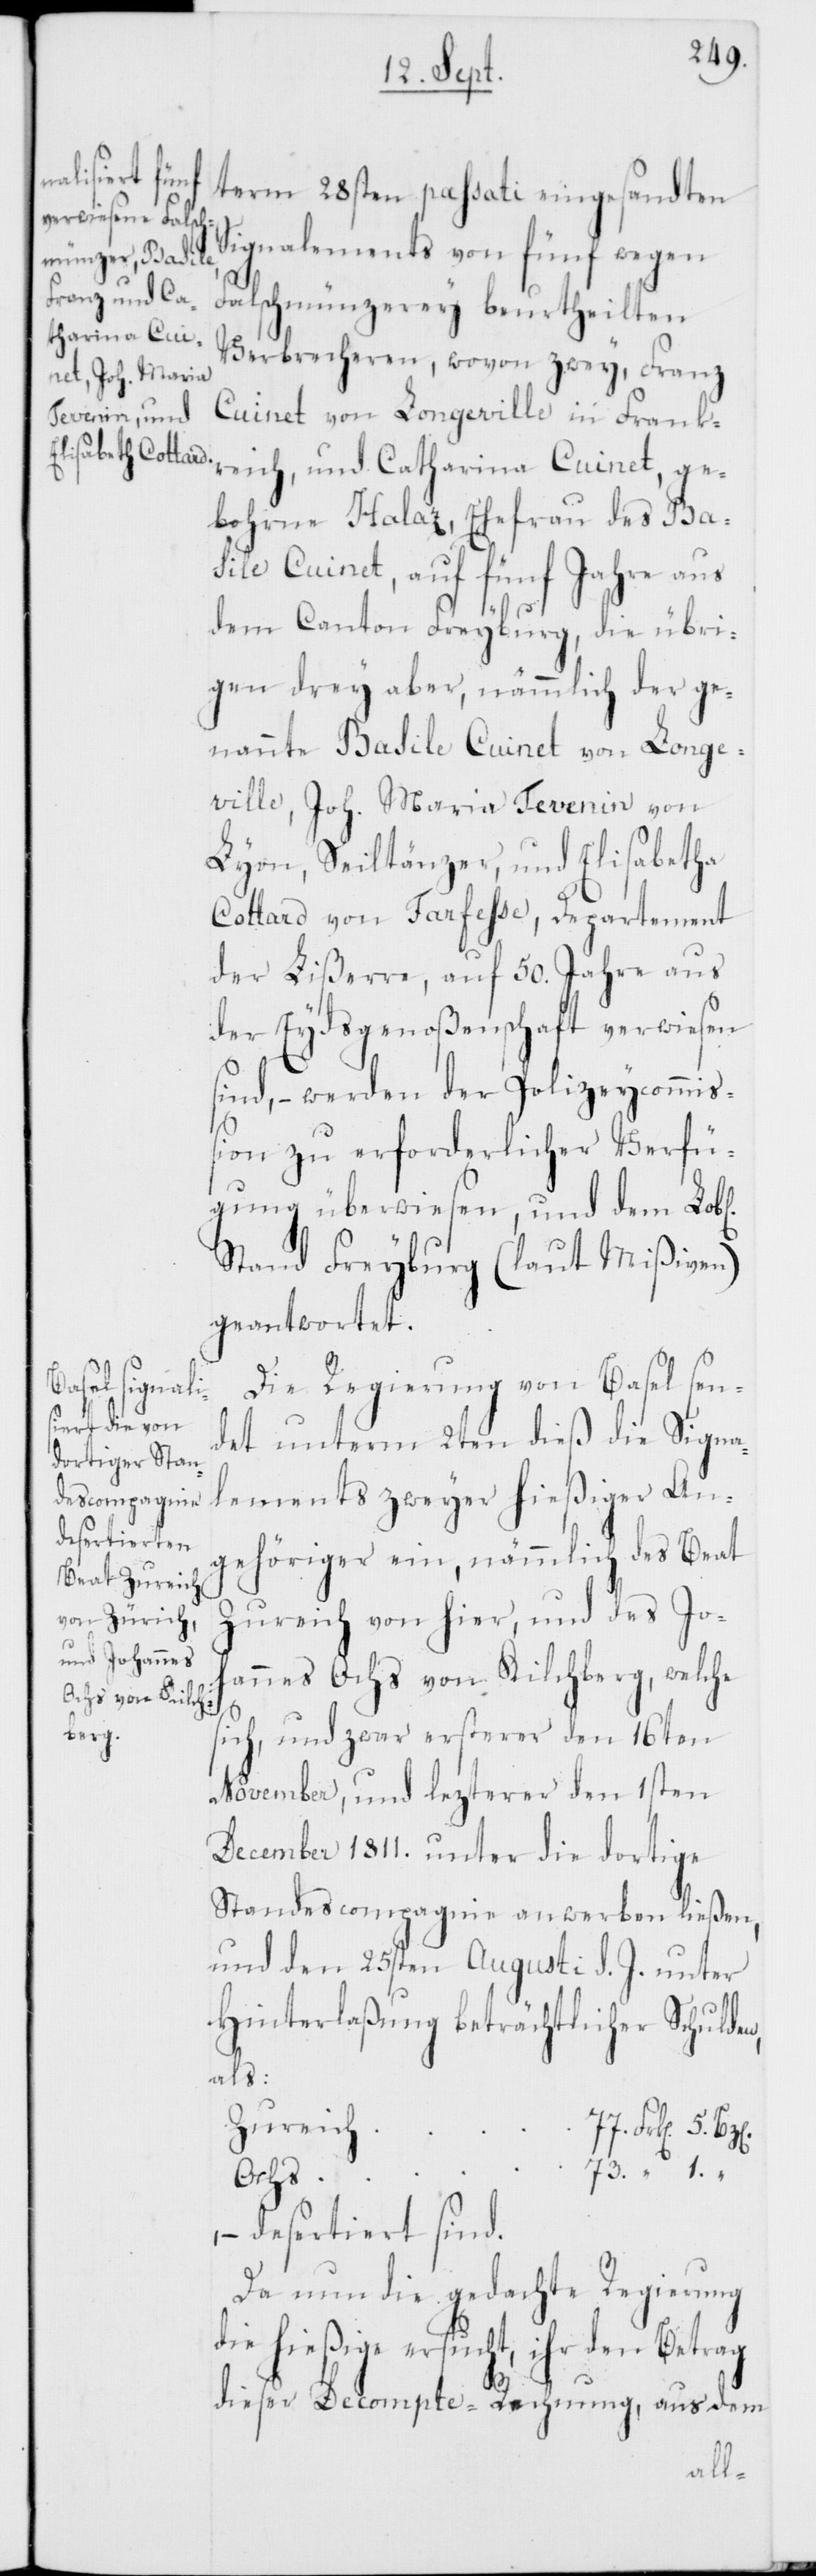
term 28sten passati eingesandten
Signalements von fünf wegen
reich, und Ca¬
Falschmünzerey beurtheilten
tharina Cuin¬
Verbrecheren, wovon zwey, Franz
Cuinet von Longeville in Frank¬
bohrne Halaz, Ehefrau des Ba¬
sile Cuinet, auf fünf Jahre aus
dem Canton Freyburg, die übri¬
gen drey aber, nämmlich der ge¬
nannte Basile Cuinet von Longe¬
ville, Joh. Maria Tevenin von
Lyon, Seiltänzer, und Elisabetha
Cottard von Farfesse, Departement
der Lißerre, auf 50. Jahre aus
der Eydsgenoßenschaft verwiesen
sind, – werden der Polizeycommiß¬
ion zu erforderlicher Verfü¬
gung überwiesen, und dem Lo¬
Stand Freyburg (laut Mißiven)
geantwortet.
Die Regierung von Basel sen¬
b[lichen]
det unterm 2ten dieß die Signa¬
lements zweyer hießiger An¬
gehöriger ein, nämmlich des Beat
Zureich von hier, und des Jo¬
“
hannes Ochs von Kilchberg, welche
5.
sich, und zwar ersterer den 16ten
November, und letzterer den 1sten
December 1811. unter die dortige
Standescompagnie anwerben ließen,
und den 25sten Augusti d. J. unter
Hinterlaßung beträchtlicher Schulden,
als:
Zureich
Ochs
– desertiert sind.
Da nun die gedachte Regierung
die hießige ersucht, ihr den Betrag
dieser Decompte-Rechnung, aus dem